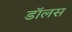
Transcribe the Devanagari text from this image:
डॉलस